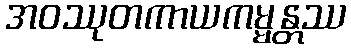
အဝဿုတကာယကမ္မန္တဿ